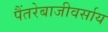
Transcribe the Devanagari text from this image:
पैंतरेबाजीवर्साय